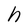
Character: h